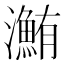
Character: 𤃽